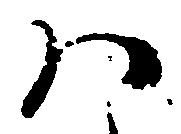
ハ